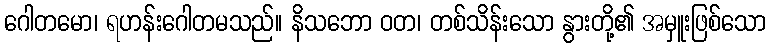
ဂေါတမော၊ ရဟန်းဂေါတမသည်။ နိသဘော ဝတ၊ တစ်သိန်းသော နွားတို့၏ အမှူးဖြစ်သော